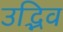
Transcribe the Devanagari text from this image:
उद्भिव